Vaccination Hyderabad 1872-1889 - 1872-1889
Year: 1872
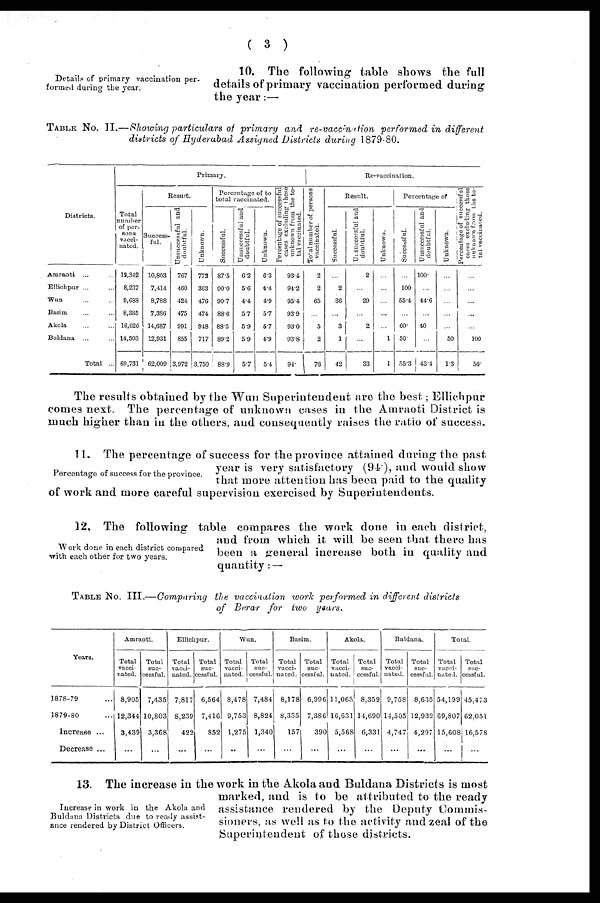
( 3 )
Details of primary vaccination per-
formed during the year.
10. The following table shows the full
details of primary vaccination performed during
the year:—
TABLE No. II.—Showing particulars of primary
and re-vaccination
performed in different
districts of Hyderabad Assigned Districts during 1879-80.
Districts.
Amraoti ... ...
Ellichpur ... ...
Wun ... ...
Basim ... ...
Akola ... ...
Buldana ... ...
Total ...
Primary.
Total
number
of per-
sons
vacci-
nated.
12,342
8,237
9,688
8,335
16,626
14,503
69,731
Result.
Success-
ful.
10,803
7,414
8,788
7,386
14,687
12,931
62,009
Unsuccessful and
doubtful.
767
460
424
475
991
855
3,972
Unknown.
773
363
476
474
948
717
3,750
Percentage of to
total vaccinated.
Successful.
875
90.0
90.7
88.6
88.3
89.2
88.9
Unsuccessful and
doubtful.
6.2
5.6
4.4
5.7
5.9
5.9
5.7
Unknown.
6.3
4.4
4.9
5.7
5.7
4.9
5.4
Percentage of successful
cases excluding those
unknown from the to-
tal vaccinated.
93.4
94.2
95.4
93.9
93.0
93.8
94.
Re-vaccination.
Total number of persons
vaccinated.
2
2
65
...
5
2
76
Result.
Successful.
...
2
36
...
3
1
42
Unsuccessful and
doubtful.
2
...
29
...
2
...
33
Unknown.
...
...
...
...
...
1
1
Percentage of
Successful.
...
100
55.4
...
60.
50.
55.3
Unsuccessful and
doubtful.
100.
...
44.6
...
40
...
43.4
Unknown.
...
...
...
...
...
50
1.3
Percentage of successful
cases excluding those
unknown from the to-
tal vaccinated.
...
...
...
...
...
100
56.
The results obtained by the Wun Superintendent are the best; Ellichpur
comes next. The percentage of unknown cases in the Amraoti District is
much higher than in the others, and consequently raises the ratio of success.
Percentage of success for the province.
11. The percentage of success for the province attained during the past
year is very satisfactory (94), and would show
that more attention has been paid to the quality
of work and more careful supervision exercised by Superintendents.
Work done in each district compared
with each other for two years.
12. The following table compares the work done in each district,
and from which it will be seen that there has
been a general increase both in quality and
quantity: —
TABLE No. III.—Comparing the vaccination work performed in different
districts
of Berar for two
years.
Years.
1878-79 ...
1879-80 ...
Increase ...
Decrease ...
Amraoti.
Total
vacci-
nated.
8,905
12,344
3,439
...
Total
suc-
cessful.
7,435
10,803
3,368
...
Ellichpur.
Total
vacci-
nated.
7,817
8,239
422
....
Total
suc-
cessful.
6,564
7,416
852
...
Wun.
Total
vacci-
nated.
8,478
9,753
1,275
...
Total
suc-
cessful.
7,484
8,824
1,340
...
Basim.
Total
vacci-
nated.
8,178
8,335
157
...
Total
suc-
cessful.
6,996
7,386
390
...
Akola.
Total
vacci-
nated.
11,063
16,631
5,568
...
Total
suc-
cessful.
8,359
14,690
6,331
...
Buldana.
Total
vacci-
nated.
9,758
14,505
4,747
...
Total
suc-
cessful.
8,635
12,932
4,297
...
Total.
Total
vacci-
nated.
54,199
69,807
15,608
...
Total
suc-
cessful.
45,473
62,051
16,578
...
Increase in work in the Akola and
Buldana Districts due to ready assist-
ance rendered by District Officers.
13. The increase in the work in the Akola and Buldana Districts is most
marked, and is to be attributed to the ready
assistance rendered by the Deputy Commis-
sioners, as well as to the activity and zeal of the
Superintendent of those districts.